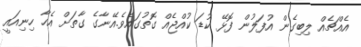
އެއްޗެއް ލިބިގެން އުފަލުން ފޮޅޭ ކުޑަ ކުއްޖެއް ގޮތުގައެވެ.އޭނާގެ ގާތަށް އެހާ ހިނިއައީ